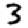
Digit: 3